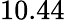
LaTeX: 10.44